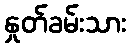
နှုတ်ခမ်းသား